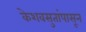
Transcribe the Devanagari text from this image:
केशवसुतांपासून